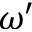
\omega ^ { \prime }